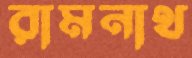
রামনাথ